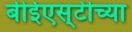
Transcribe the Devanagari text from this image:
बीईएस्‌टीच्या